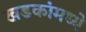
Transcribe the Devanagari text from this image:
खडकांंमध्ये